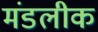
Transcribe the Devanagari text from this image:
मंडलीक